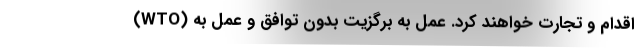
(WTO) اقدام و تجارت خواهند کرد. عمل به برگزیت بدون توافق و عمل به